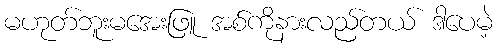
မဟုတ်ဘူးမအေးဖြူ အစ်ကိုနားလည်တယ် ဒါပေမဲ့